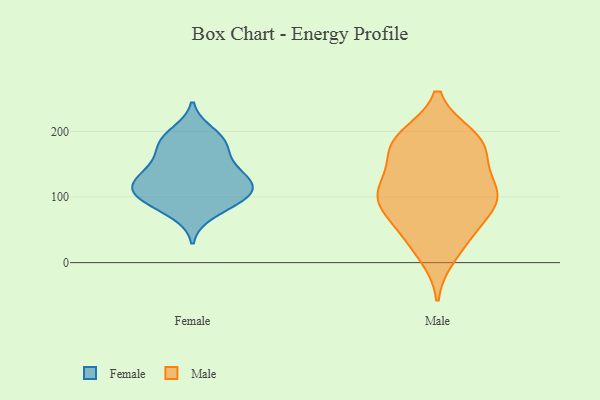
{"axis": {"x": "Website Visitors", "y": "Value"}, "legend": ["Female", "Male"], "data": [{"x": "", "y": 186, "type": "Female"}, {"x": "", "y": 133, "type": "Female"}, {"x": "", "y": 106, "type": "Female"}, {"x": "", "y": 96, "type": "Female"}, {"x": "", "y": 179, "type": "Female"}, {"x": "", "y": 150, "type": "Female"}, {"x": "", "y": 122, "type": "Female"}, {"x": "", "y": 116, "type": "Female"}, {"x": "", "y": 108, "type": "Female"}, {"x": "", "y": 90, "type": "Female"}, {"x": "", "y": 198, "type": "Female"}, {"x": "", "y": 150, "type": "Female"}, {"x": "", "y": 106, "type": "Female"}, {"x": "", "y": 75, "type": "Female"}, {"x": "", "y": 182, "type": "Female"}, {"x": "", "y": 129, "type": "Female"}, {"x": "", "y": 181, "type": "Male"}, {"x": "", "y": 11, "type": "Male"}, {"x": "", "y": 69, "type": "Male"}, {"x": "", "y": 115, "type": "Male"}, {"x": "", "y": 192, "type": "Male"}, {"x": "", "y": 185, "type": "Male"}, {"x": "", "y": 118, "type": "Male"}, {"x": "", "y": 87, "type": "Male"}, {"x": "", "y": 108, "type": "Male"}, {"x": "", "y": 88, "type": "Male"}, {"x": "", "y": 168, "type": "Male"}, {"x": "", "y": 159, "type": "Male"}, {"x": "", "y": 96, "type": "Male"}, {"x": "", "y": 43, "type": "Male"}, {"x": "", "y": 190, "type": "Male"}, {"x": "", "y": 109, "type": "Male"}, {"x": "", "y": 35, "type": "Male"}]}